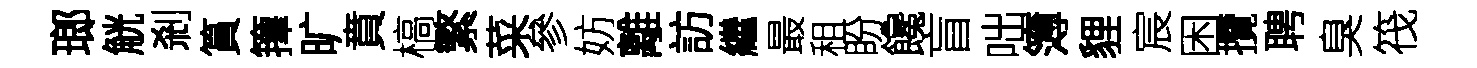
瑯觥剎篔籜旷賁槁繁菜參妨離訪繼最租盼饞盲咄簿貍宸困攬聘臭筏